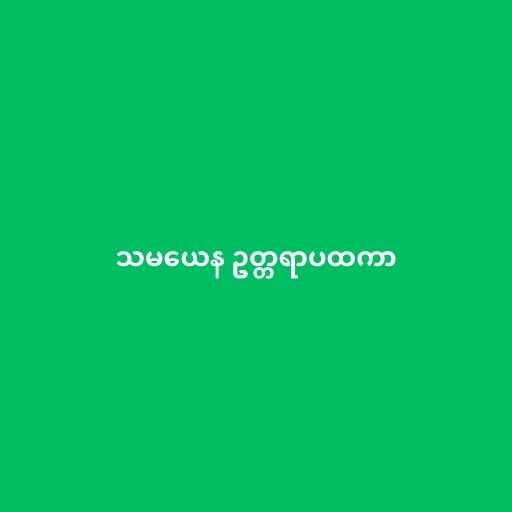
သမယေန ဥတ္တရာပထကာ